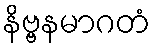
နိဗ္ဗနမာဂတံ